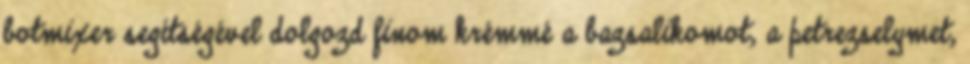
botmixer segítségével dolgozd finom krémmé a bazsalikomot, a petrezselymet,